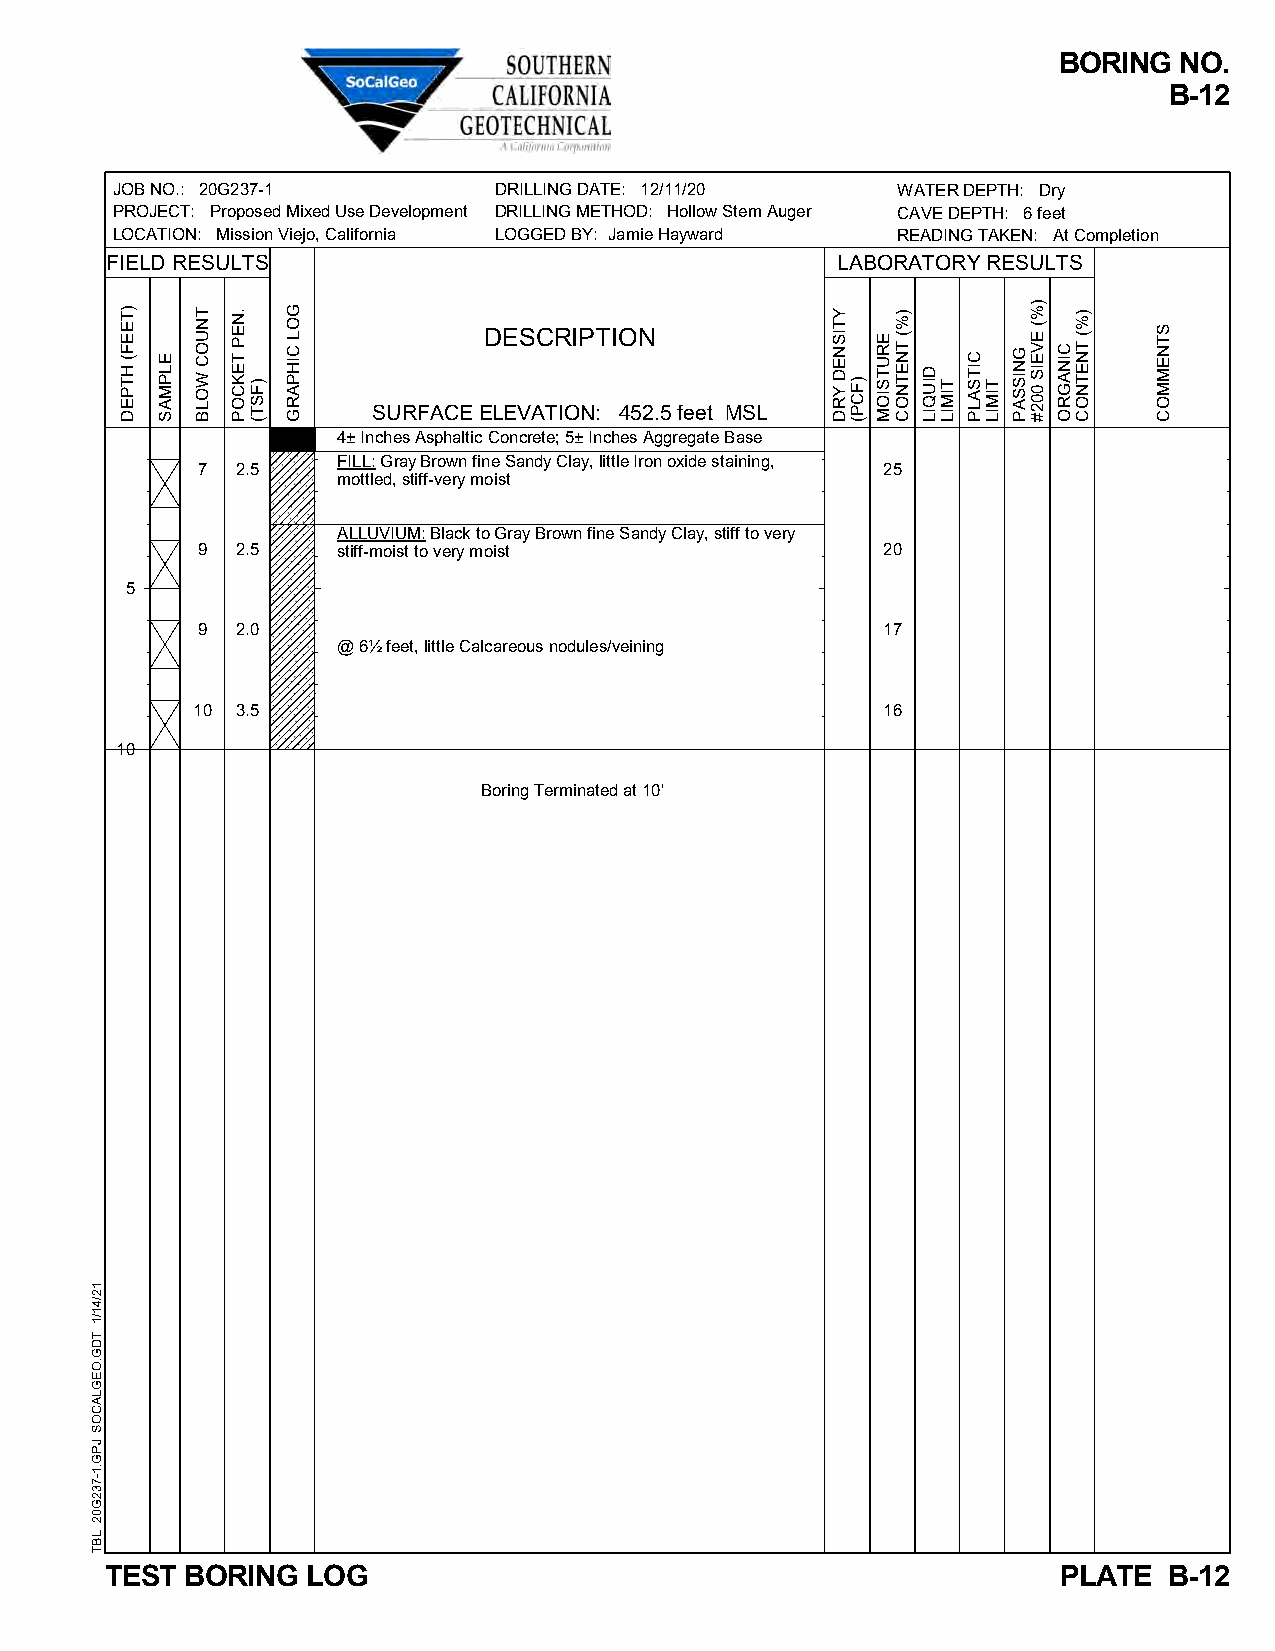
BORING  NO.
 B-12
 JOB NO.: 20G237-1         DRILLING DATE: 12/11/20   WATER DEPTH: Dry
 PROJECT: Proposed Mixed Use Development DRILLING METHOD: Hollow Stem Auger CAVE DEPTH: 6 feet
 LOCATION: Mission Viejo, California LOGGED BY: Jamie Hayward READING TAKEN: At Completion
 FIELD RESULTS                                   LABORATORY RESULTS
 DESCRIPTION
 SURFACE ELEVATION: 452.5 feet MSL
 4± Inches Asphaltic Concrete; 5± Inches Aggregate Base
 FILL: Gray Brown fine Sandy Clay, little Iron oxide staining,
 7  2.5                                       25
 mottled, stiff-very moist
 ALLUVIUM: Black to Gray Brown fine Sandy Clay, stiff to very
 9  2.5   stiff-moist to very moist           20
 5
 9  2.0                                       17
 @ 6½ feet, little Calcareous nodules/veining
 10 3.5                                       16
 10
 Boring Terminated at 10'
 TEST BORING  LOG                                               PLATE  B-12
 12/41/1
 TDG.OEGLACOS
 JPG.1-732G02
 LBT
 )TEEF(
 HTPED
 ELPMAS
 TNUOC
 WOLB
 .NEP
 TEKCOP
 )FST(
 GOL
 CIHPARG
 YTISNED
 YRD )FCP(
 ERUTSIOM
 )%(
 TNETNOC
 DIUQIL
 TIMIL
 CITSALP
 TIMIL
 GNISSAP
 )%(
 EVEIS
 002#
 CINAGRO
 )%(
 TNETNOC
 STNEMMOC